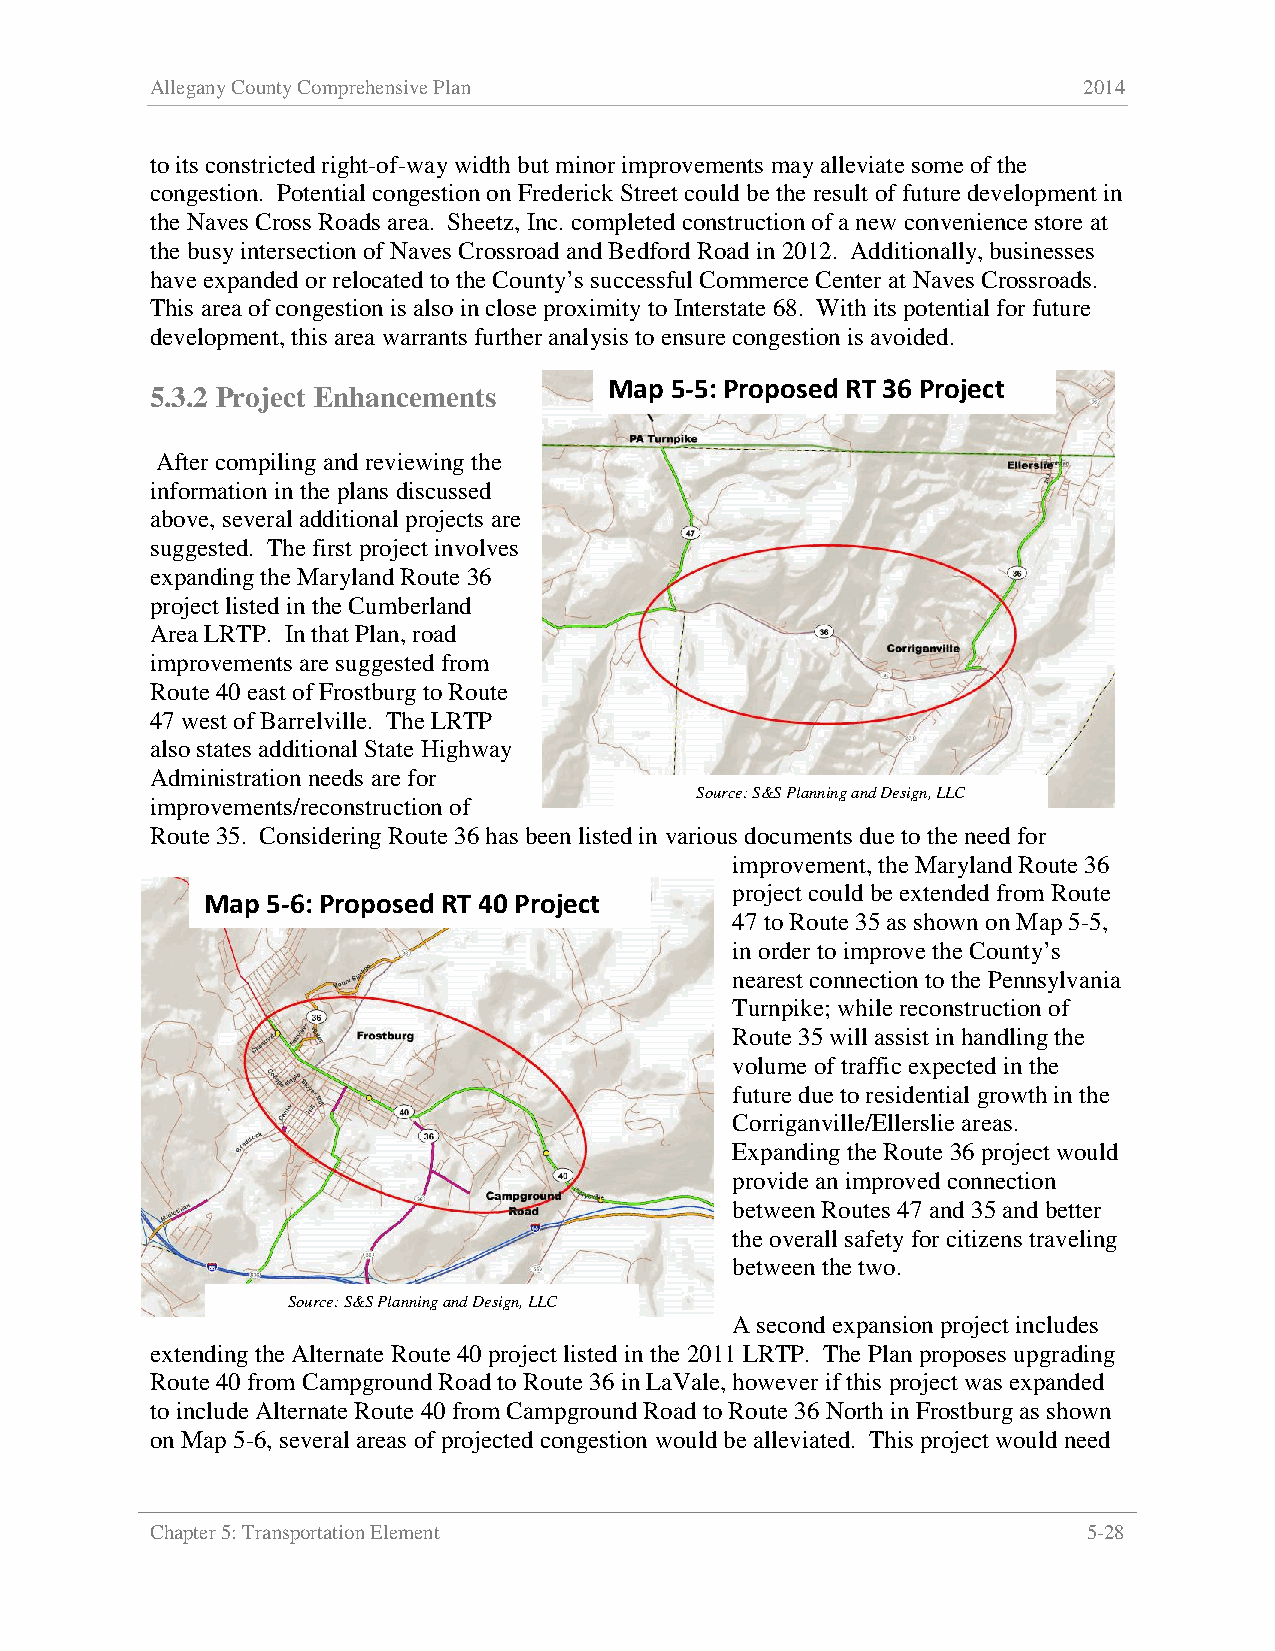
Allegany County Comprehensive Plan                            2014
 to its constricted right-of-way width but minor improvements may alleviate some of the
 congestion. Potential congestion on Frederick Street could be the result of future development in
 the Naves Cross Roads area. Sheetz, Inc. completed construction of a new convenience store at
 the busy intersection of Naves Crossroad and Bedford Road in 2012. Additionally, businesses
 have expanded or relocated to the County’s successful Commerce Center at Naves Crossroads.
 This area of congestion is also in close proximity to Interstate 68. With its potential for future
 development, this area warrants further analysis to ensure congestion is avoided.
 Map 5-5: Proposed RT 36 Project
 5.3.2 Project Enhancements
 After compiling and reviewing the
 information in the plans discussed
 above, several additional projects are
 suggested. The first project involves
 expanding the Maryland Route 36
 project listed in the Cumberland
 Area LRTP. In that Plan, road
 improvements are suggested from
 Route 40 east of Frostburg to Route
 47 west of Barrelville. The LRTP
 also states additional State Highway
 Administration needs are for
 Source: S&S Planning and Design, LLC
 improvements/reconstruction of
 Route 35. Considering Route 36 has been listed in various documents due to the need for
 improvement, the Maryland Route 36
 project could be extended from Route
 Map 5-6: Proposed RT 40 Project
 47 to Route 35 as shown on Map 5-5,
 in order to improve the County’s
 nearest connection to the Pennsylvania
 Turnpike; while reconstruction of
 Route 35 will assist in handling the
 volume of traffic expected in the
 future due to residential growth in the
 Corriganville/Ellerslie areas.
 Expanding the Route 36 project would
 provide an improved connection
 between Routes 47 and 35 and better
 the overall safety for citizens traveling
 between the two.
 Source: S&S Planning and Design, LLC
 A second expansion project includes
 extending the Alternate Route 40 project listed in the 2011 LRTP. The Plan proposes upgrading
 Route 40 from Campground Road to Route 36 in LaVale, however if this project was expanded
 to include Alternate Route 40 from Campground Road to Route 36 North in Frostburg as shown
 on Map 5-6, several areas of projected congestion would be alleviated. This project would need
 Chapter 5: Transportation Element                             5-28